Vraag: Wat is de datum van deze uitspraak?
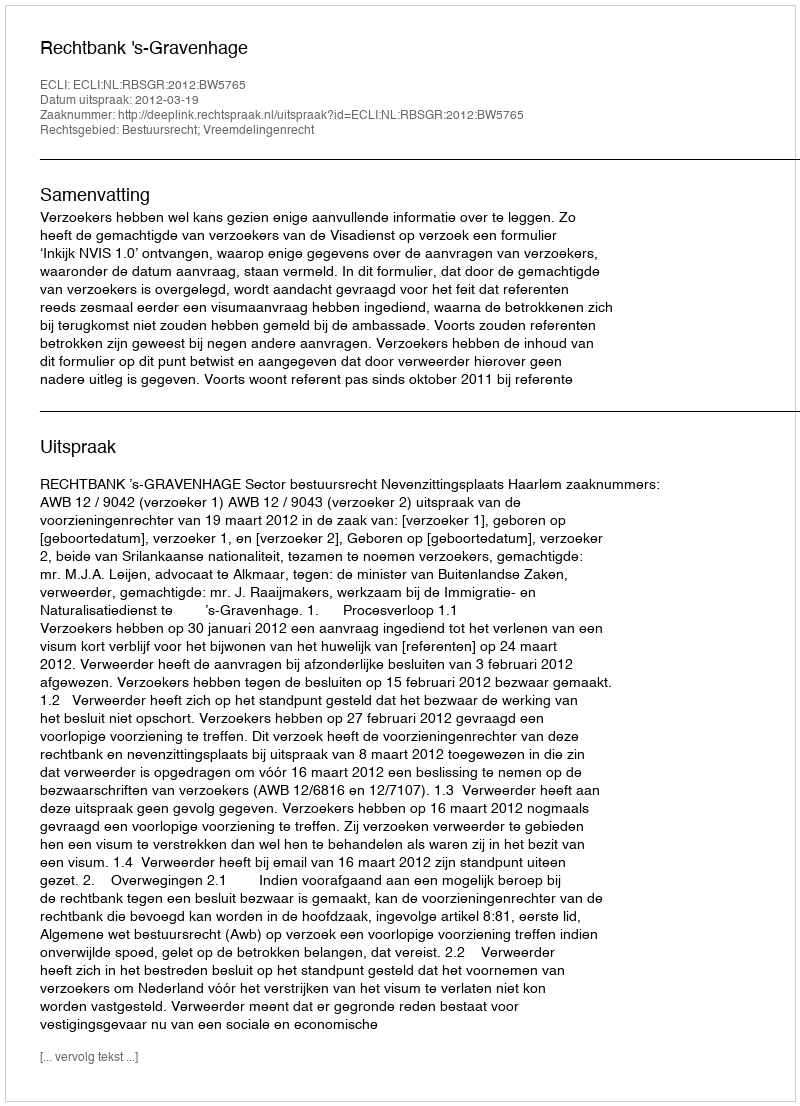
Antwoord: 2012-03-19